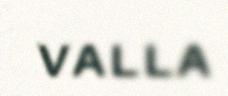
valla